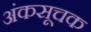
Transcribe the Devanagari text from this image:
अंकसूचक